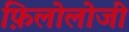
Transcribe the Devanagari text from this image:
फ़िलोलोजी